65_HS1-834228961_62-HQ-83894_Section_4
Agency: FBI
Page 82
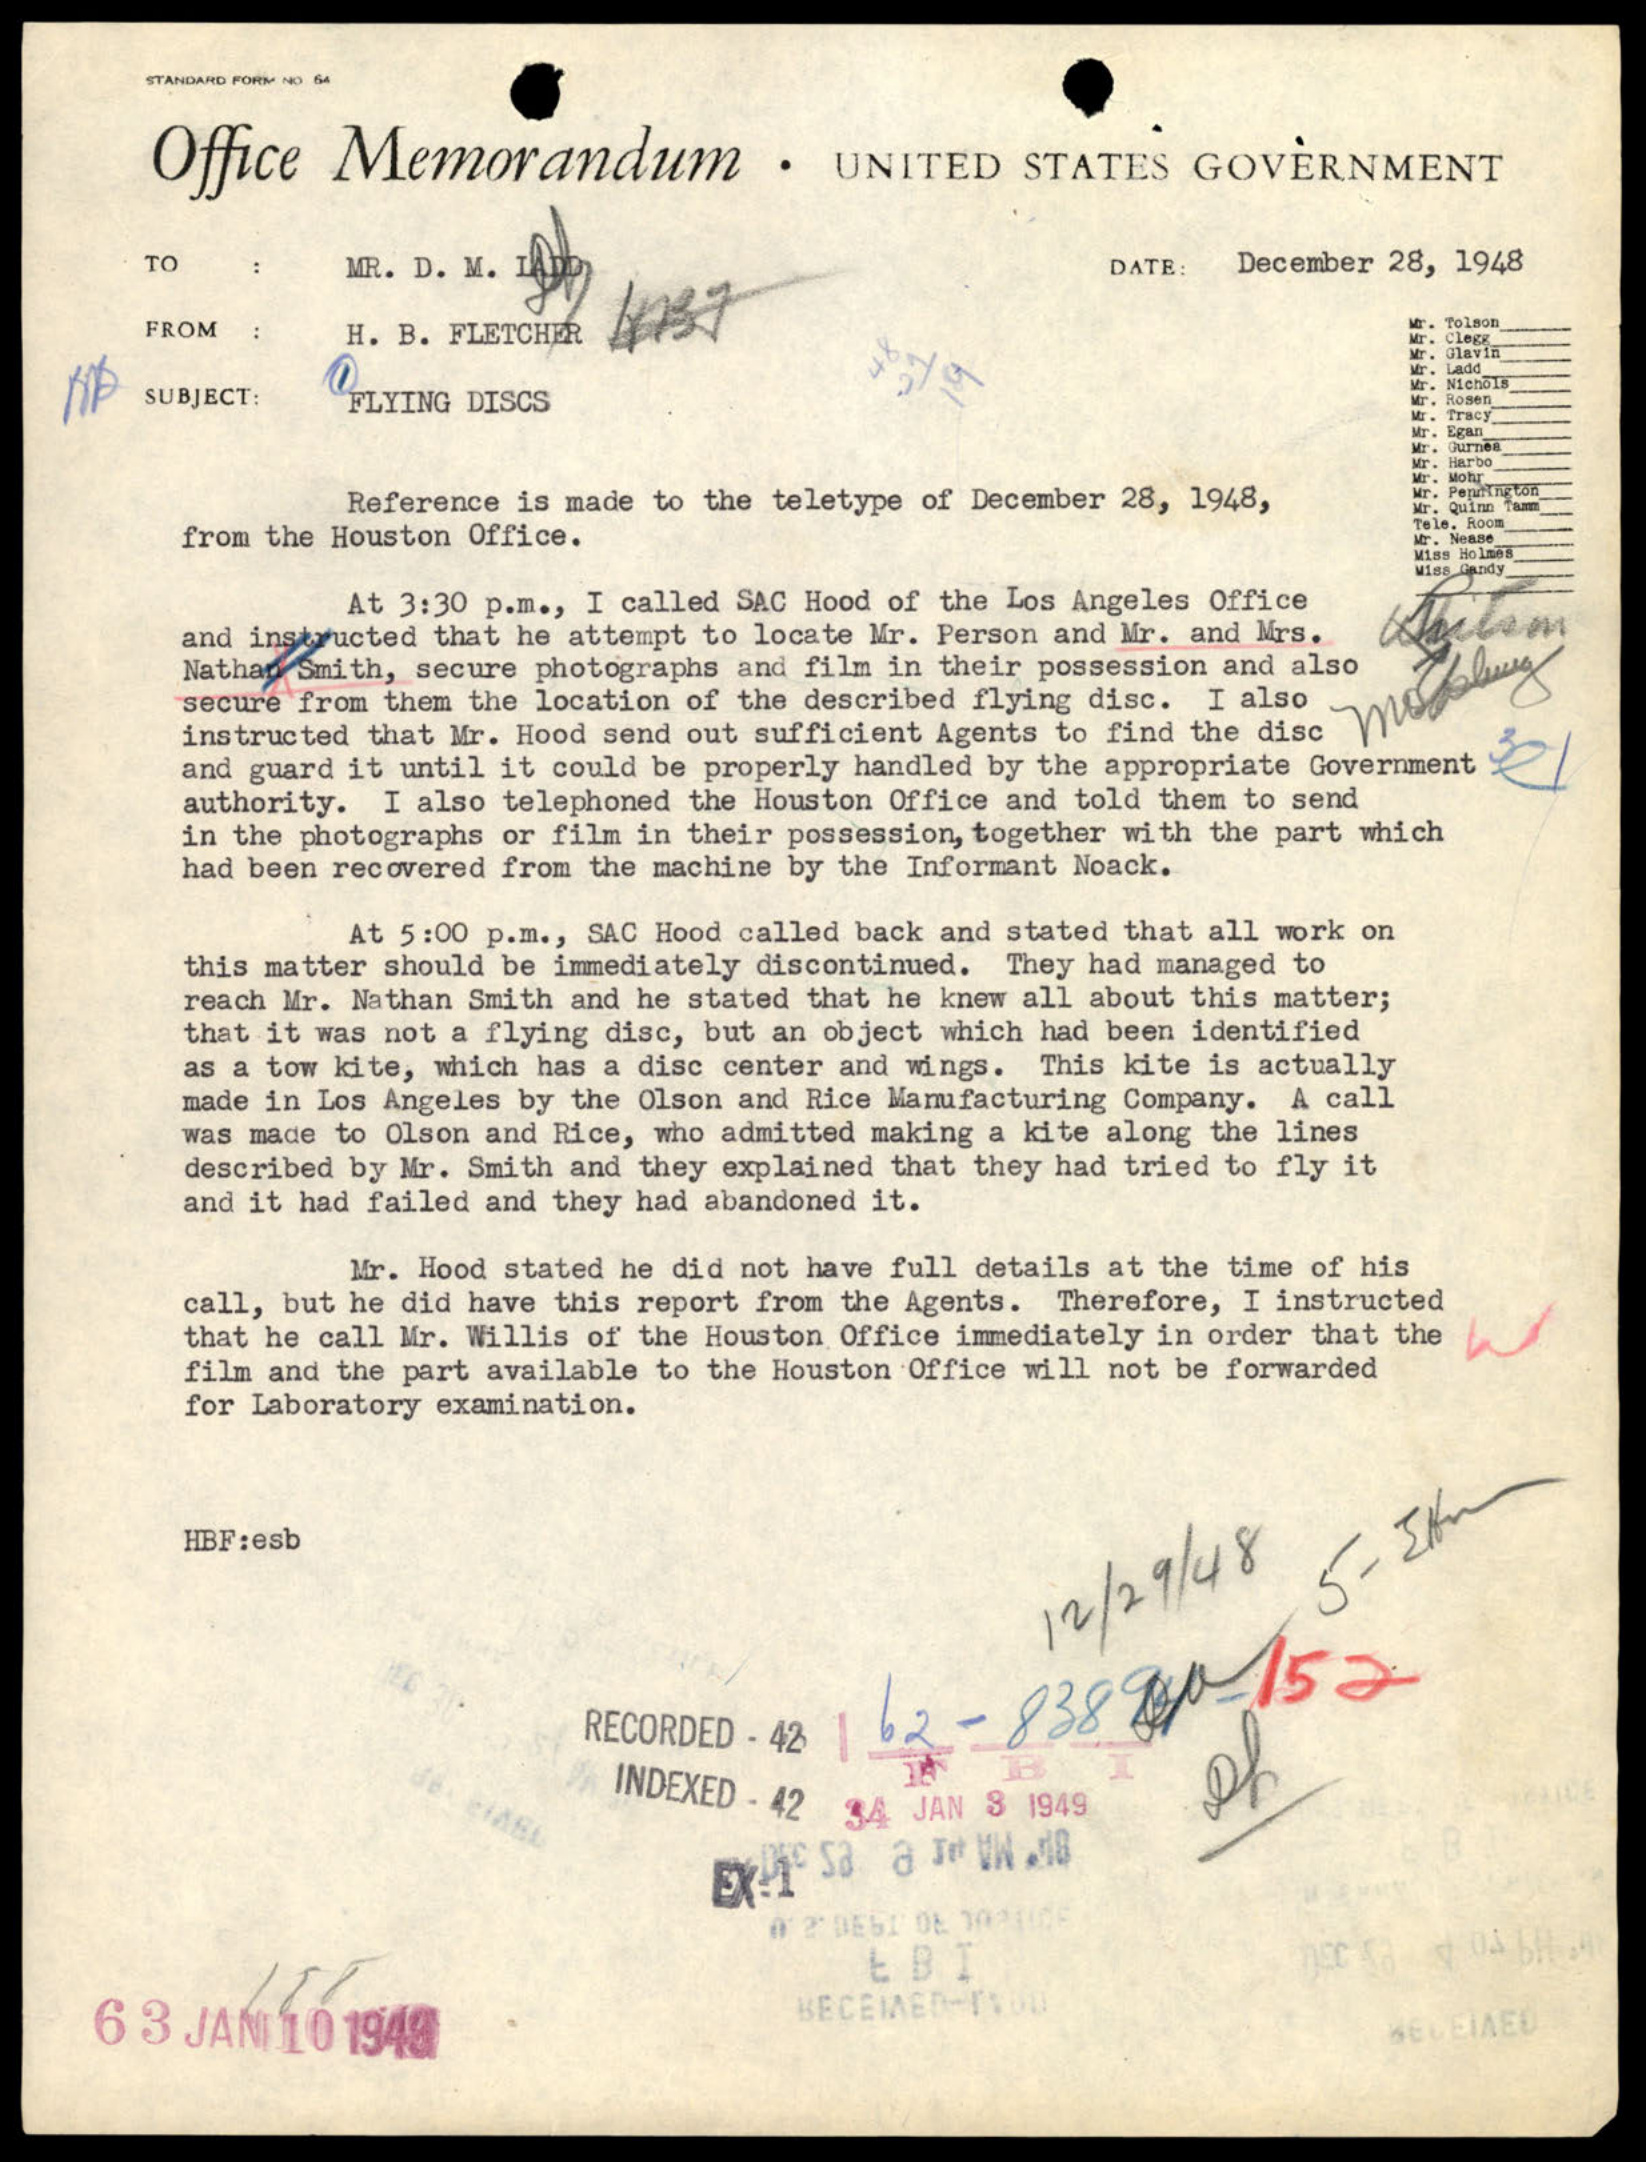